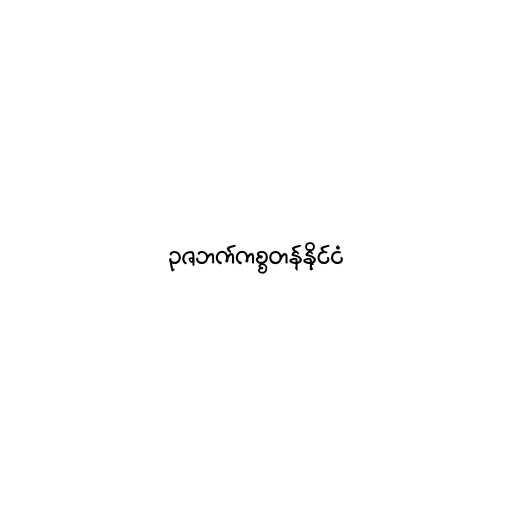
ဥဇဘက်ကစ္စတန်နိုင်ငံ